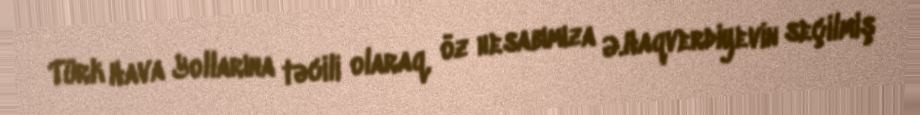
Türk Hava Yollarına təcili olaraq, öz hesabımıza Ə.Haqverdiyevin seçilmiş